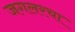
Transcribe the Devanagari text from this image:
जगलरचा